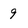
Character: 9